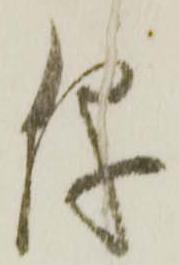
儀